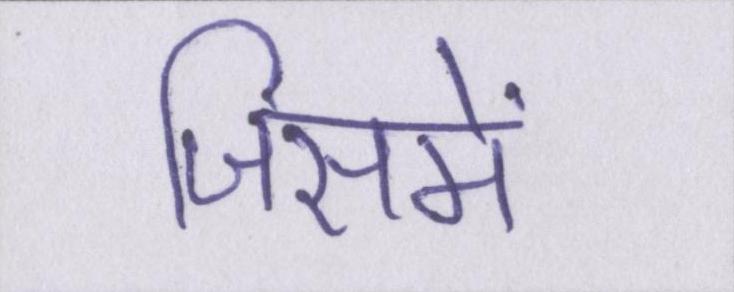
जिसमें